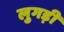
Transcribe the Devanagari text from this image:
लुगड़ी